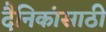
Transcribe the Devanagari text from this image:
दैनिकांसाठी